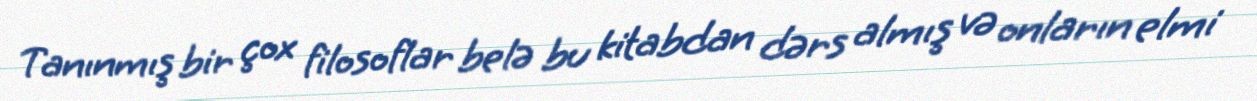
Tanınmış bir çox filosoflar belə bu kitabdan dərs almış və onların elmi